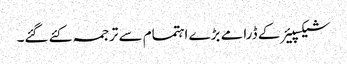
شیکسپیئر کے ڈرامے بڑے اہتمام سے ترجمہ کئے گئے۔